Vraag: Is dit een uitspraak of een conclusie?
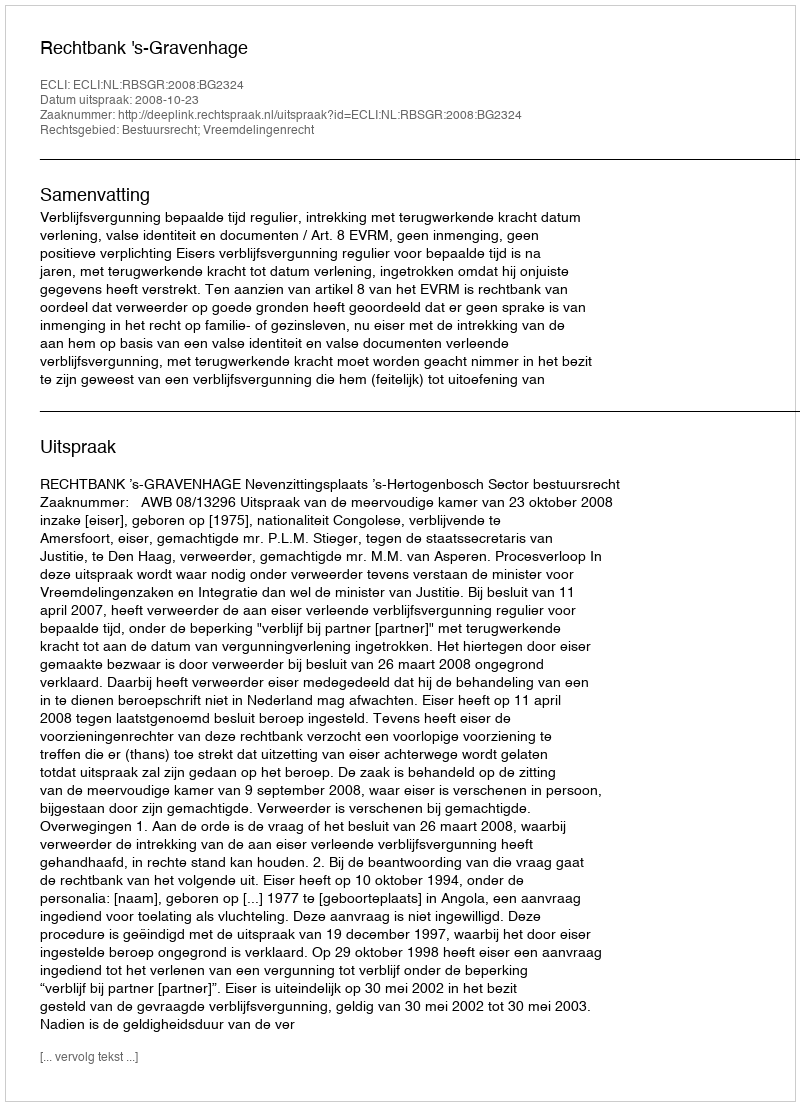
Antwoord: Uitspraak